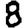
Digit: 8